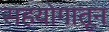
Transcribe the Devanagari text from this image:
सहयोगातून